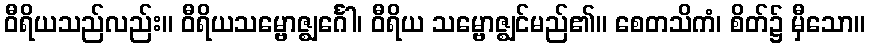
ဝီရိယသည်လည်း။ ဝီရိယသမ္ဗောဇ္ဈင်္ဂေါ၊ ဝီရိယ သမ္ဗောဇ္ဈင်မည်၏။ စေတသိကံ၊ စိတ်၌ မှီသော။